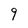
Character: 9